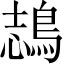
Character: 𪁓